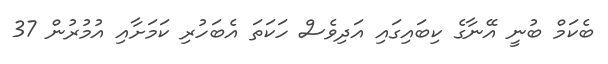
ބެކަމް ބުނީ އޭނާގެ ކިބައިގައި އަދިވެސް ހަކަތަ އެބަހުރި ކަމަށާއި އުމުރުން 37